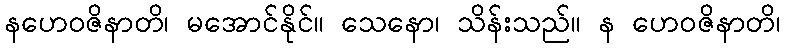
နဟေဝဇိနာတိ၊ မအောင်နိုင်။ သေနော၊ သိန်းသည်။ န ဟေဝဇိနာတိ၊